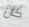
كان